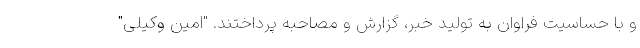
و با حساسیت فراوان به تولید خبر، گزارش و مصاحبه پرداختند. "امین وکیلی"